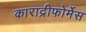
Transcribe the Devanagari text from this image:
काराद्रीफोर्मेस